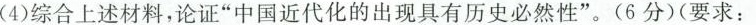
(4)综合上述材料，论证”中国近代化的出现具有历史必然性”。(6分))(要求：